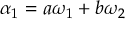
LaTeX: \alpha _ { 1 } = a \omega _ { 1 } + b \omega _ { 2 }